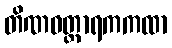
တိဏဝတ္ထာရကကထာ